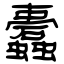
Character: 蠹